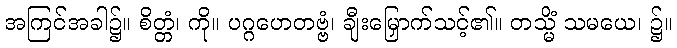
အကြင်အခါ၌။ စိတ္တံ၊ ကို။ ပဂ္ဂဟေတဗ္ဗံ၊ ချီးမြှောက်သင့်၏။ တသ္မိံ သမယေ၊ ၌။